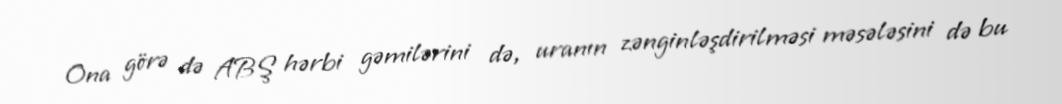
Ona görə də ABŞ hərbi gəmilərini də, uranın zənginləşdirilməsi məsələsini də bu